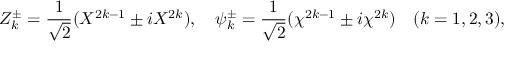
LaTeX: Z _ { k } ^ { \pm } = { \frac { 1 } { \sqrt { 2 } } } ( X ^ { 2 k - 1 } \pm i X ^ { 2 k } ) , \quad \psi _ { k } ^ { \pm } = { \frac { 1 } { \sqrt { 2 } } } ( \chi ^ { 2 k - 1 } \pm i \chi ^ { 2 k } ) \quad ( k = 1 , 2 , 3 ) ,